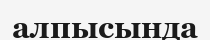
алпысында